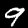
Label: 9